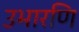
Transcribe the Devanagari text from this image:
उभारणि